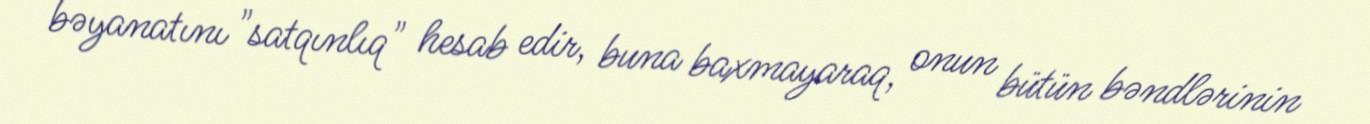
bəyanatını "satqınlıq" hesab edir, buna baxmayaraq, onun bütün bəndlərinin